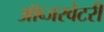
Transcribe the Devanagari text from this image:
ऑब्जरवेटरी